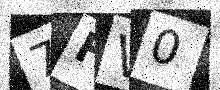
Text: 7FV0